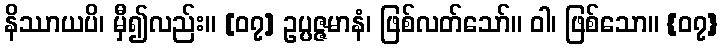
နိဿာယပိ၊ မှီ၍လည်း။ [၀၇] ဥပ္ပဇ္ဇမာနံ၊ ဖြစ်လတ်သော်။ ဝါ၊ ဖြစ်သော။ {၀၇}